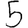
Digit: 5